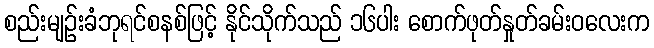
စည်းမျဉ်းခံဘုရင်စနစ်ဖြင့် နိုင်သိုက်သည် ၁၆ပါး စောက်ဖုတ်နှုတ်ခမ်းဝလေးက